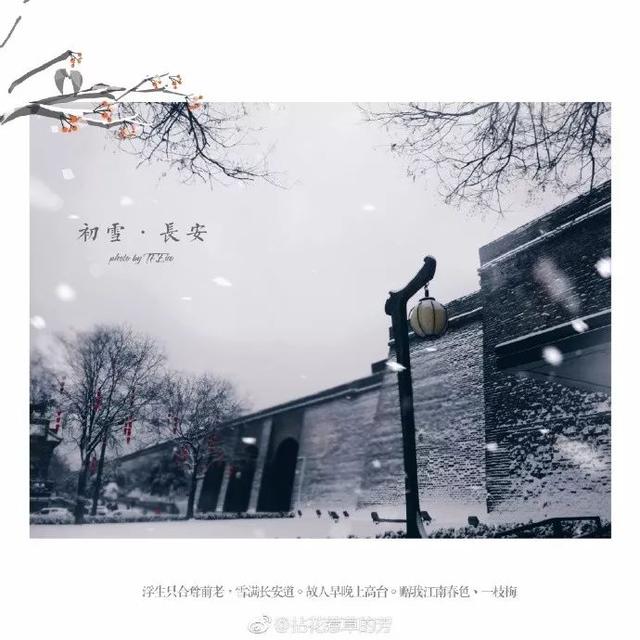
浮生只合尊前老。雪满长安道。